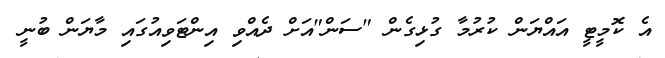
އެ ކޮމީޓީ އައްޔަން ކުރުމާ ގުޅިގެން "ސަން"އަށް ދެއްވި އިންޓަވިއުގައި މާޔަން ބުނީ